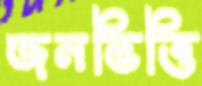
জনভিত্তি